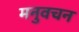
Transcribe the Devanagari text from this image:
मनुवचन